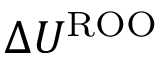
\Delta U ^ { \mathrm { R O O } }